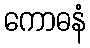
ကောဓနံ